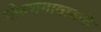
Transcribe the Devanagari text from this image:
गोठणगावाकडे